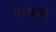
માજીએ